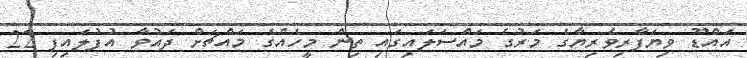
އައްޑޫ ވިޔަފާރިވެރިޔާގެ މަރުގެ މައްސަލައިގައި ތިން މީހެއްގެ މައްޗަށް ދައުވާ އުފުލައިފި 22